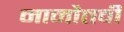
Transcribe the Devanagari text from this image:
नानौतवी